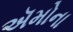
ઍમોના